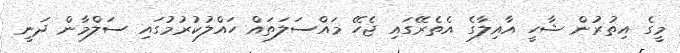
މީގެ އިތުރުން ޝާހީ އާއިލާގެ އެތެރޭގައި ޖެހޭ މައްސަލަތައް ހައްލުކުރުމުގައި ސަލްމާން ދަނީ